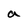
Character: a